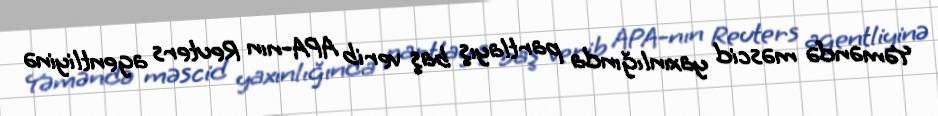
Yəməndə məscid yaxınlığında partlayış baş verib APA-nın Reuters agentliyinə